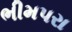
ભીમપરા